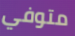
متوفي